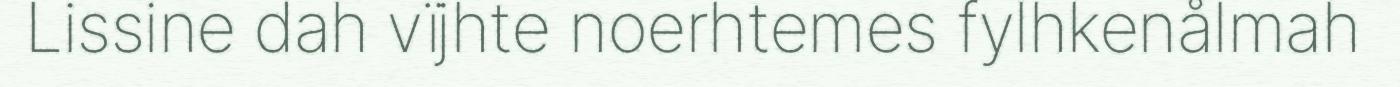
Lissine dah vïjhte noerhtemes fylhkenålmah